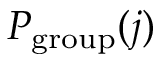
P _ { \mathrm { g r o u p } } ( j )